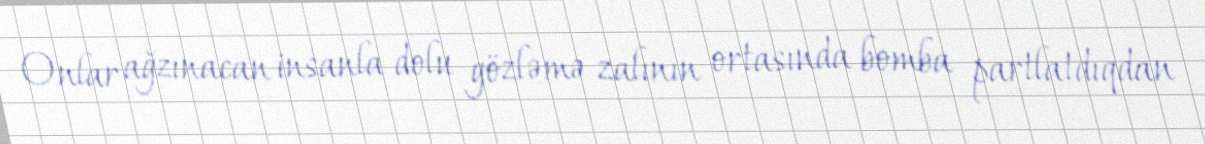
Onlar ağzınacan insanla dolu gözləmə zalının ortasında bomba partlatdıqdan